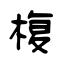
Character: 椱